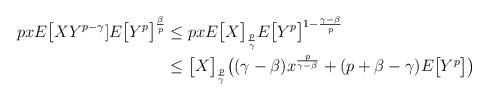
LaTeX: \begin{align*}p x E\big[XY^{p-\gamma}]E\big[Y^{p}\big]^{\frac{\beta}{p}} &\leq p x E\big[X\big]_{\frac{p}{\gamma}}E\big[Y^{p}\big]^{1 - \frac{\gamma - \beta}{p}}\\&\leq \big[X\big]_{\frac{p}{\gamma}}\big((\gamma - \beta)x^{\frac{p}{\gamma-\beta}} + (p + \beta - \gamma)E\big[Y^{p}\big]\big)\end{align*}